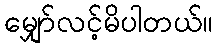
မျှော်လင့်မိပါတယ်။